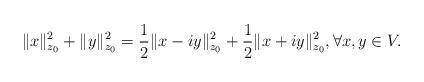
LaTeX: \begin{align*} \|x\|^2_{z_0}+\|y\|^2_{z_0}=\frac{1}{2}\|x-iy\|^2_{z_0}+\frac{1}{2}\|x+iy\|^2_{z_0}, \forall x,y \in V.\end{align*}